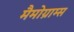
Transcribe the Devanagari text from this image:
मैमोग्राम्स